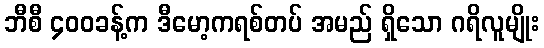
ဘီစီ ၄၀၀ခန့်က ဒီမော့ကရစ်တပ် အမည် ရှိသော ဂရိလူမျိုး